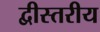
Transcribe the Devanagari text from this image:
द्वीस्तरीय